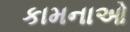
કામનાઓ